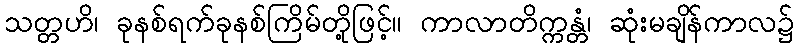
သတ္တဟိ၊ ခုနစ်ရက်ခုနစ်ကြိမ်တို့ဖြင့်။ ကာလာတိက္ကန္တံ၊ ဆုံးမချိန်ကာလ၌